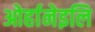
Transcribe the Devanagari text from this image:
ओर्हानेइलि